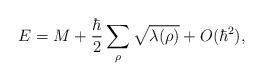
LaTeX: \begin{align*}E = M + {\hbar\over2} \sum_{\rho}\sqrt{\lambda(\rho)}+ O(\hbar^2),\end{align*}